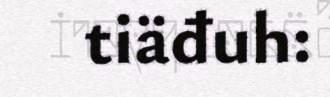
tiäđuh: